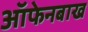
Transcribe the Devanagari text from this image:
ऑफेनबाख